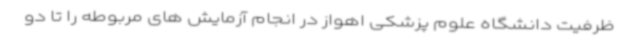
ظرفیت دانشگاه علوم پزشکی اهواز در انجام آزمایش های مربوطه را تا دو